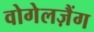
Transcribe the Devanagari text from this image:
वोगेलज़ैंग